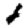
Digit: 1